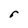
Character: r